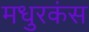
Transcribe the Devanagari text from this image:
मधुरकंस